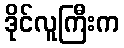
ဒိုင်လူကြီးက